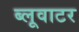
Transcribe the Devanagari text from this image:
ब्लूवाटर